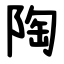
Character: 陶